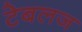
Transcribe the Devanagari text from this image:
टेबलज